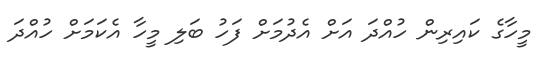
މީހާގެ ކައިރިން ހުއްދަ އަށް އެދުމަށް ފަހު ބަލި މީހާ އެކަމަށް ހުއްދަ